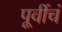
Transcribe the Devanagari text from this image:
पूर्वीचं